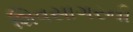
શિવસાગરની